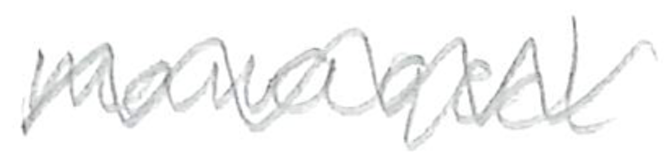
Text: managed
Cross-out: zig-zag
Writing tool: pencil